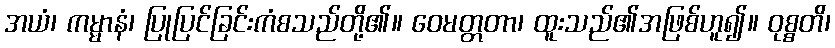
အယံ၊ ကမ္မာနံ၊ ပြုပြင်ခြင်းကံစသည်တို့၏။ ဝေမတ္တတာ၊ ထူးသည်၏အဖြစ်ဟူ၍။ ဝုစ္စတိ၊